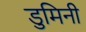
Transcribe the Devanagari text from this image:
डुमिनी